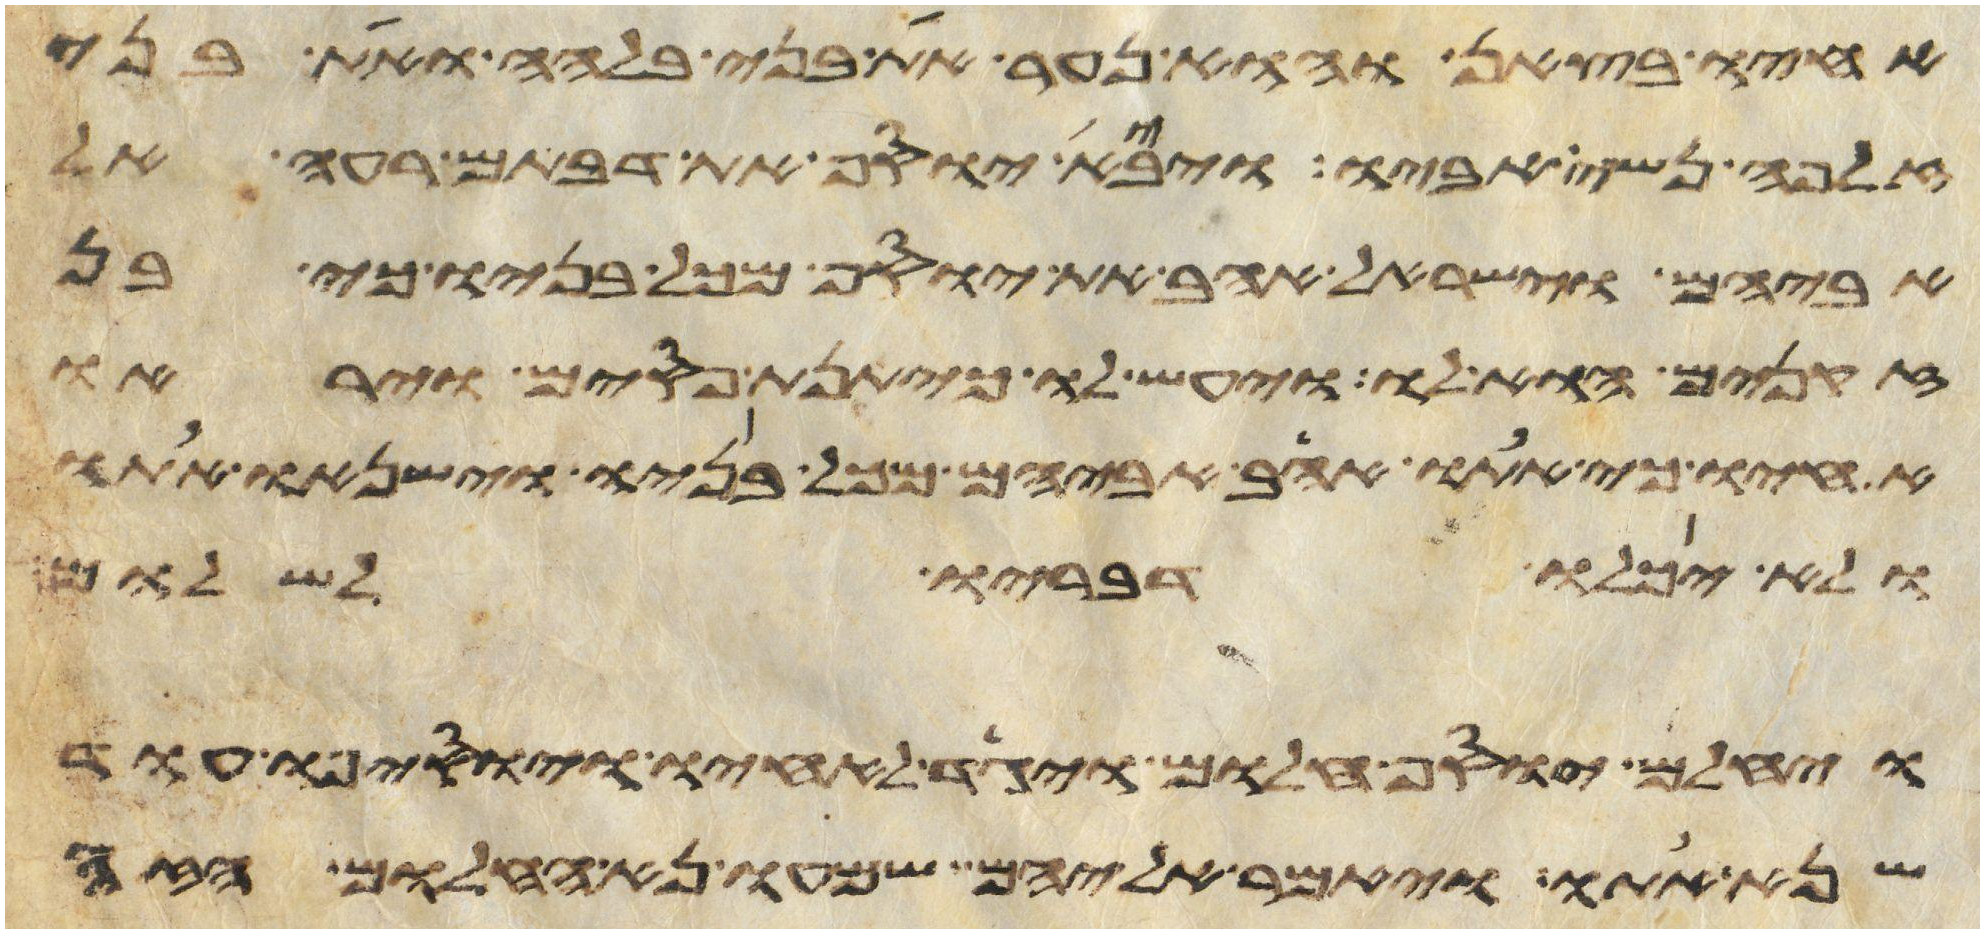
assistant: אחיו בצאן והוא נער את בני בלהה ואת בני
זלפה נשי אביו ויבא יוסף את דבתם רעה אל
אביהם וישראל אהב את יוסף מכל בניו כי בן
זקנים הוא לו ויעש לו כיתנת פסים ויראו
אחיו כי אתו אהב אביהם מכל בניו וישנאו אתו
ולא יכלו דבריו לשלום
ויחלם יוסף חלום ויגד לאחיו ויוסיפו עוד
שנא אתו ויאמר אליהם שמעו נא החלום הזה